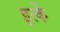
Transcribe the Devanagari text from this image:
इत्कें